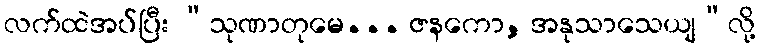
လက်ထဲအပ်ပြီး “သုဏာတုမေ... ဇနကော, အနုသာသေယျ”လို့